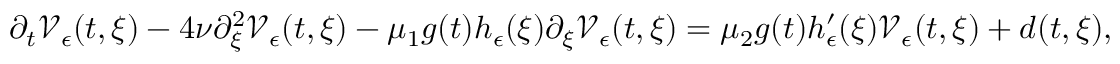
\partial _ { t } \mathcal { V } _ { \epsilon } ( t , \xi ) - 4 \nu \partial _ { \xi } ^ { 2 } \mathcal { V } _ { \epsilon } ( t , \xi ) - \mu _ { 1 } g ( t ) h _ { \epsilon } ( \xi ) \partial _ { \xi } \mathcal { V } _ { \epsilon } ( t , \xi ) = \mu _ { 2 } g ( t ) h _ { \epsilon } ^ { \prime } ( \xi ) \mathcal { V } _ { \epsilon } ( t , \xi ) + d ( t , \xi ) ,